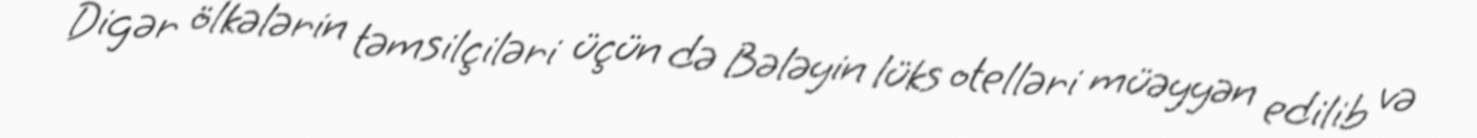
Digər ölkələrin təmsilçiləri üçün də Bələyin lüks otelləri müəyyən edilib və